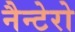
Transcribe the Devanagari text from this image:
नैन्टेरो